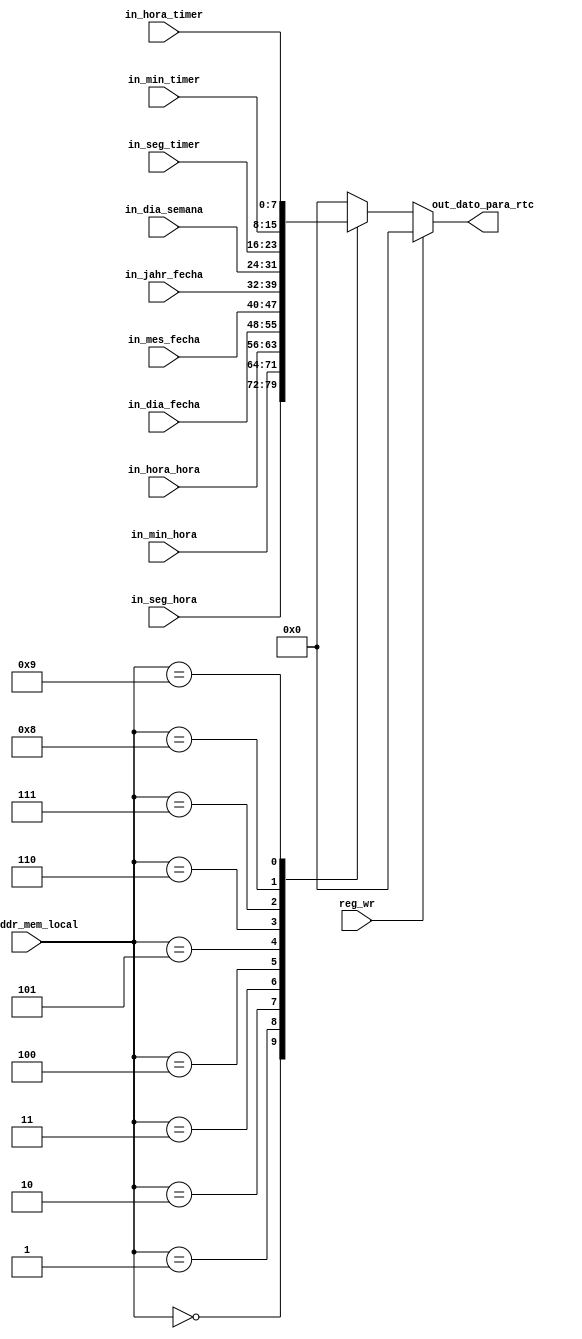
`timescale 1ns / 1ps
//////////////////////////////////////////////////////////////////////////////////
// Company: 
// Engineer: 
// 
// Design Name: 
// Module Name:    logica_distruibuir_mem_local_hacia_rtc 
// Project Name: 
// Target Devices: 
// Tool versions: 
// Description: 
//
// Dependencies: 
//
// Revision: 
// Revision 0.01 - File Created
// Additional Comments: 
//
//////////////////////////////////////////////////////////////////////////////////
module logica_distruibuir_mem_local_hacia_rtc(
	input reg_wr,
	input [3:0]in_addr_mem_local,
	input [7:0]in_seg_hora,
	input [7:0]in_min_hora,
	input [7:0]in_hora_hora,
	input [7:0]in_dia_fecha,
	input [7:0]in_mes_fecha,
	input [7:0]in_jahr_fecha,
	input [7:0]in_dia_semana,
	input [7:0]in_seg_timer,
	input [7:0]in_min_timer,
	input [7:0]in_hora_timer,
	output wire [7:0]out_dato_para_rtc
    );
reg [7:0]out_dato;
assign out_dato_para_rtc = out_dato;


always @* begin
	if (~reg_wr) begin
	case (in_addr_mem_local)
		4'd0: out_dato = in_seg_hora;
		4'd1: out_dato = in_min_hora;
		4'd2: out_dato = in_hora_hora;
		4'd3: out_dato = in_dia_fecha;
		4'd4: out_dato = in_mes_fecha;
		4'd5: out_dato = in_jahr_fecha;
		4'd6: out_dato = in_dia_semana;
		4'd7: out_dato = in_seg_timer;
		4'd8: out_dato = in_min_timer;
		4'd9: out_dato = in_hora_timer;
		default out_dato = 8'd0; 
		endcase
		end
		else out_dato = 8'd0;
end


endmodule